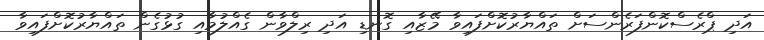
އަދި ޕްރެސްކޮންފަރެންސަށް ތައްޔާރުކޮށްފައިވާ މޭޒާއި ގޮނޑި އަދި ރިލްވާން ގެއްލުމާއި ގުޅުގެން ތައްޔާރުކޮށްފައިވާ